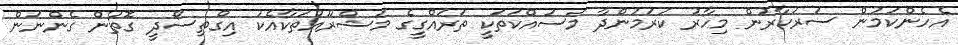
އެހެންކަމުން ސަރުކާރުން މިހާރު ކުރަމުންދާ މަސައްކަތަކީ ތަރައްގީގެ މަޝްރޫއުތަކާއެކު އިގްތިސޯދީ ގޮތުން ގެންނަން